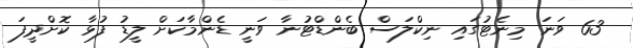
63 ވަނަ މިނެޓުގައި ނިކްލަސް ބެންޑްޓުނާ ވަނީ ޑެންމާކަށް ލީޑު ފުޅާ ކޮށްދީފަ